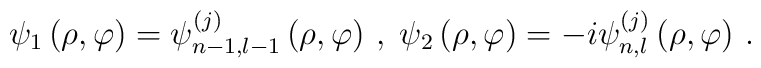
\psi _{1}\left( \rho ,\varphi \right) =\psi _{n-1,l-1}^{\left( j\right)}\left( \rho ,\varphi \right) \,,\;\psi _{2}\left( \rho ,\varphi \right)=-i\psi _{n,l}^{\left( j\right) }\left( \rho ,\varphi \right) \,.